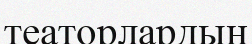
театорлардың